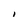
Character: I